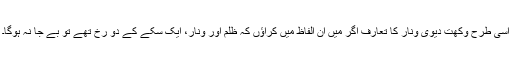
اسی طرح وکھت دیوی ونار کا تعارف اگر مَیں ان الفاظ میں کراﺅں کہ ظلم اور ونار، ایک سکّے کے دو رخ تھے تو بے جا نہ ہوگا۔